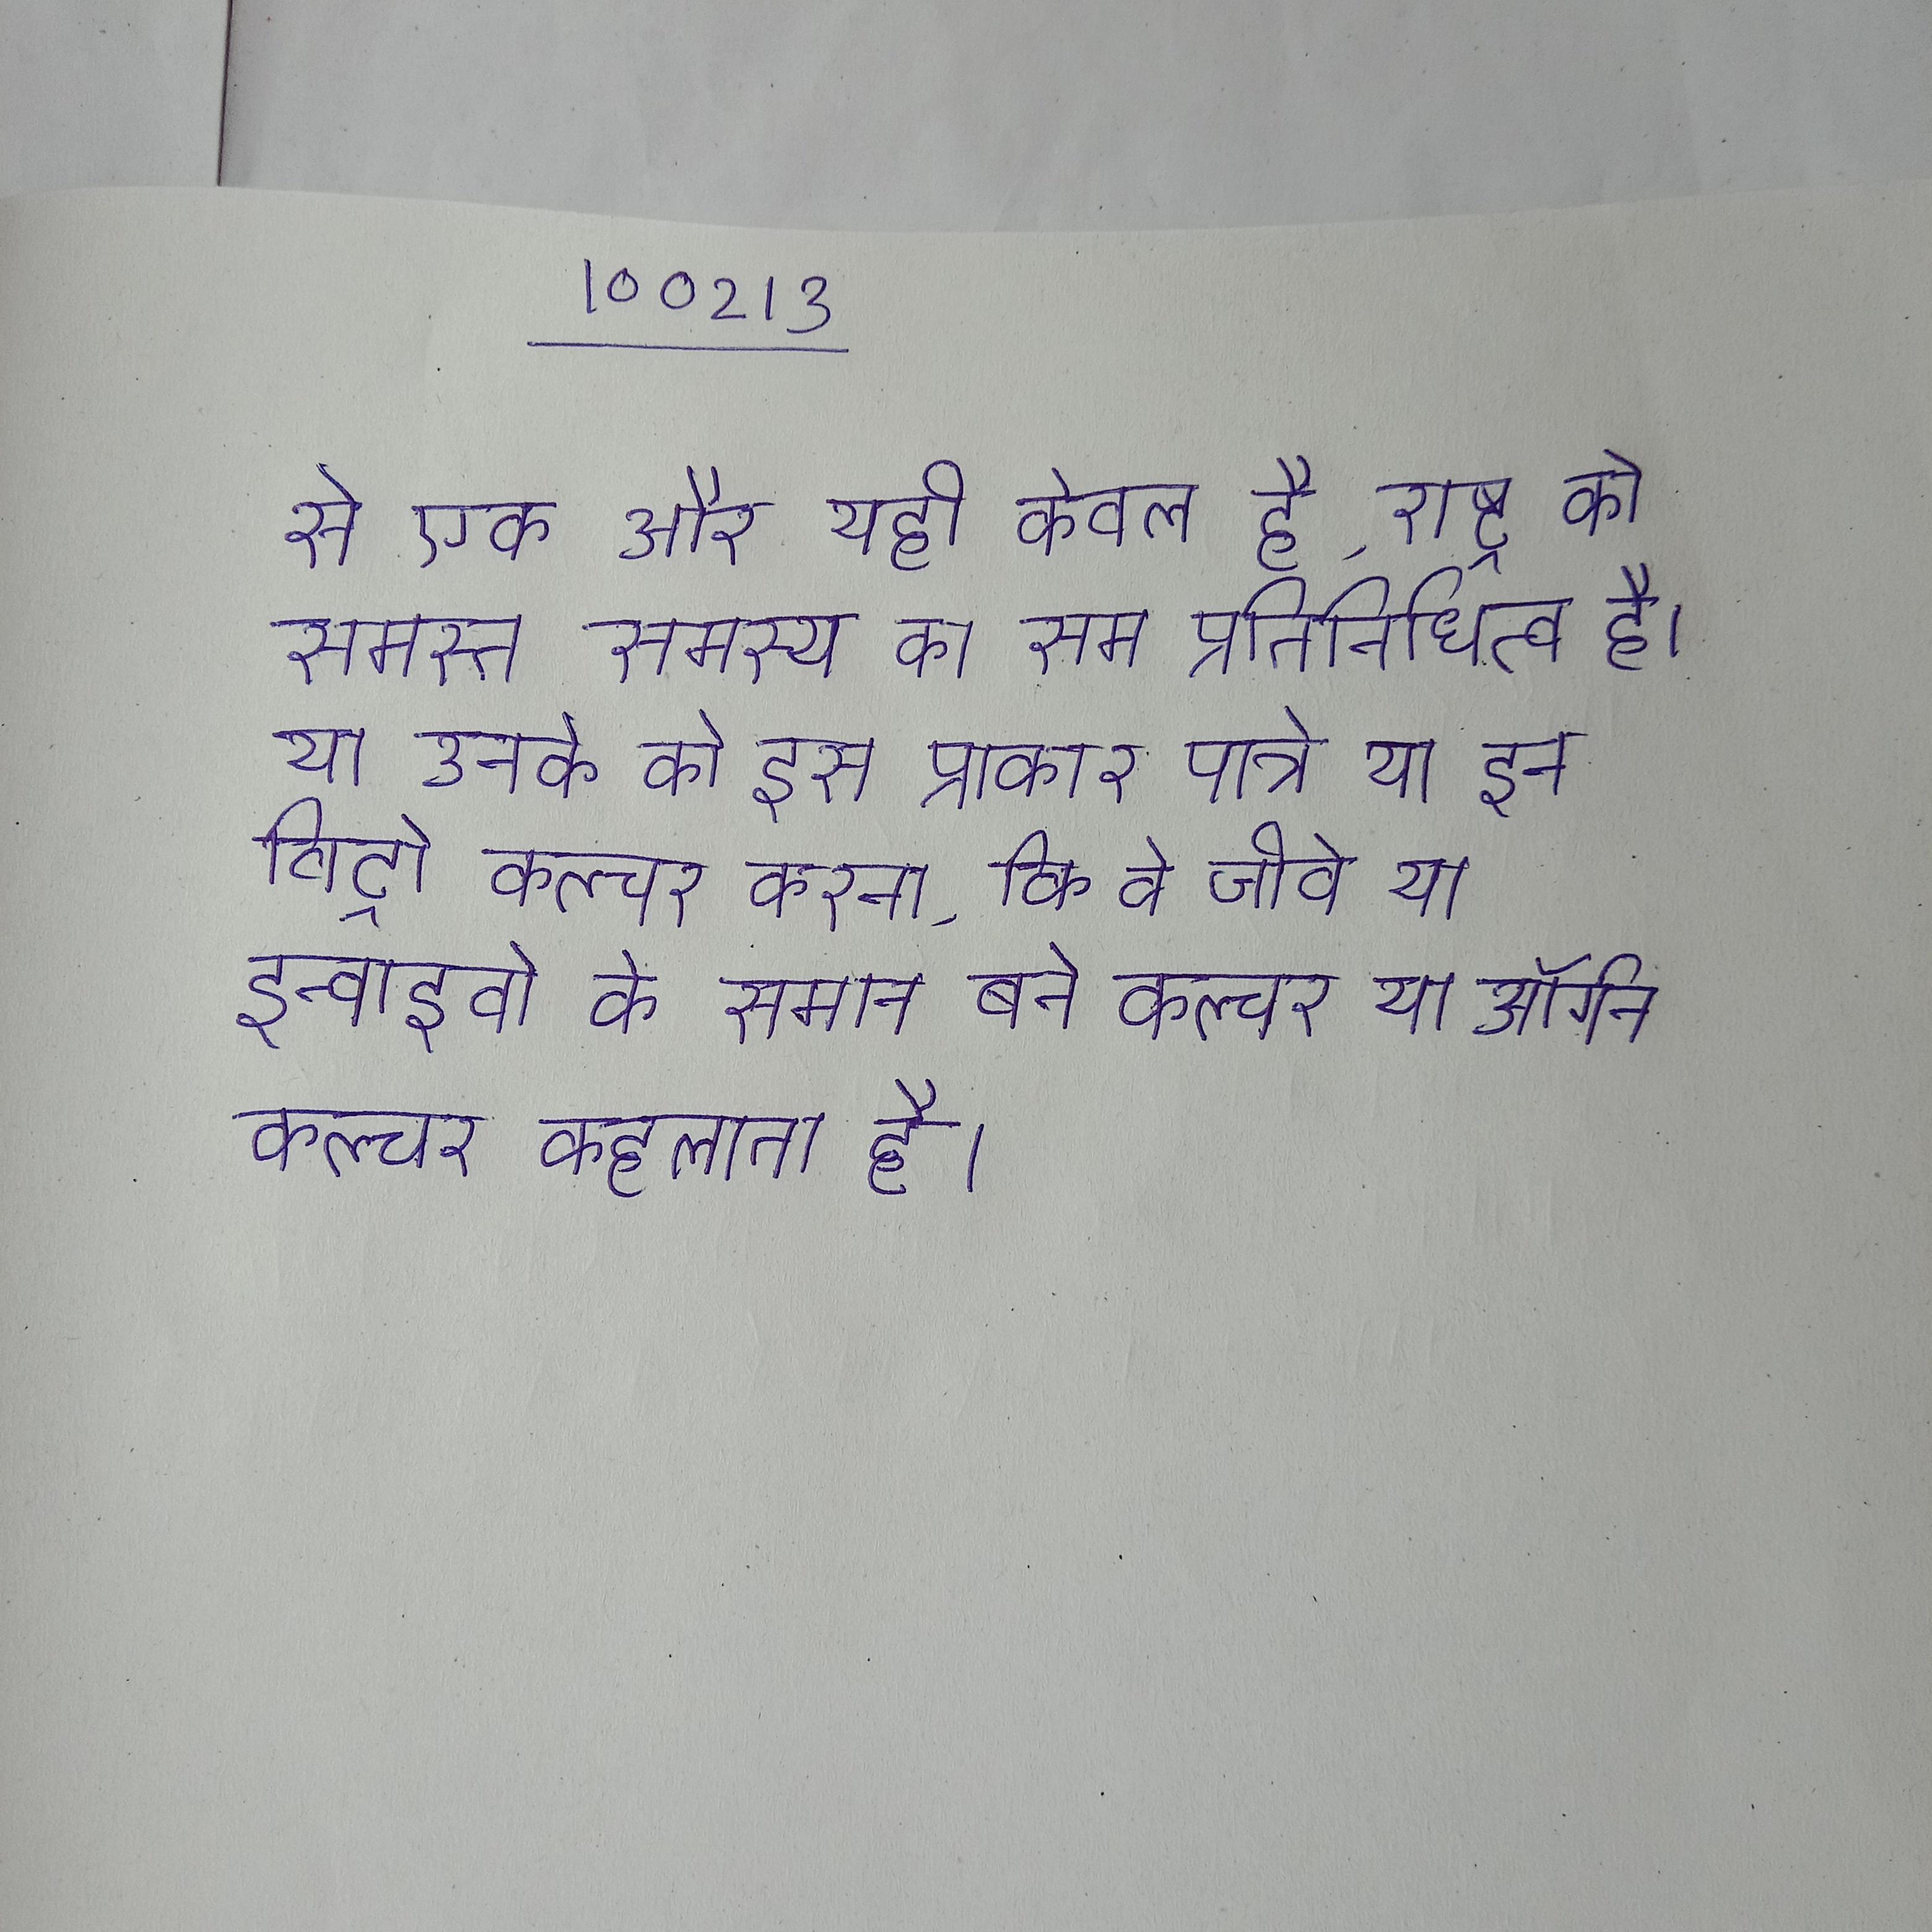
से एक और यही केवल है, राष्ट्र के समस्त सदस्य का सम प्रतिनिधित्व है । या उनके को इस प्रकार पात्रे या इन विट्रो कल्चर करना, कि वे जीवे या इन्वाइवो के समान बने कल्चर या ऑर्गन कल्चर कहलाता है ।